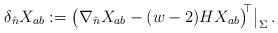
LaTeX: \begin{align*}\delta_{\hat n} X_{ab}:=\big(\nabla_{\hat n} X_{ab} - (w-2)H X_{ab}\big)^{\!\!\top}\big|_\Sigma\, .\end{align*}